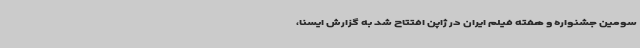
سومین جشنواره و هفته فیلم ایران در ژاپن افتتاح شد به گزارش ایسنا،